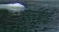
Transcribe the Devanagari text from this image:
सलबाई